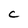
Character: C